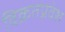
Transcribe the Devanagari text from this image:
विक्रतप्रवेश